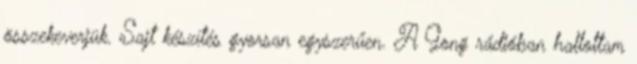
összekeverjük. Sajt készítés gyorsan egyszerűen. A Gong rádióban hallottam